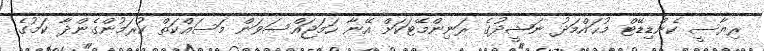
ރިޔާސީ ކެންޑިޑޭޓް މުޙައްމަދު ނަޝީދުގެ ރަނިންމޭޓަކަށް އޭނާ ހަމަޖައްސަވަން މަސައްކަތް ކުރަމުންގެންދާ ކަމުގެ